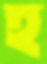
হ